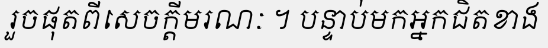
រួចផុតពីសេចក្តីមរណៈ ។ បន្ទាប់មកអ្នកជិតខាង